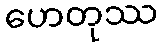
ဟေတုဿ